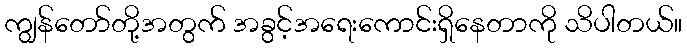
ကျွန်တော်တို့အတွက် အခွင့်အရေးကောင်းရှိနေတာကို သိပါတယ်။